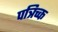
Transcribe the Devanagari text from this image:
पत्रिच्क